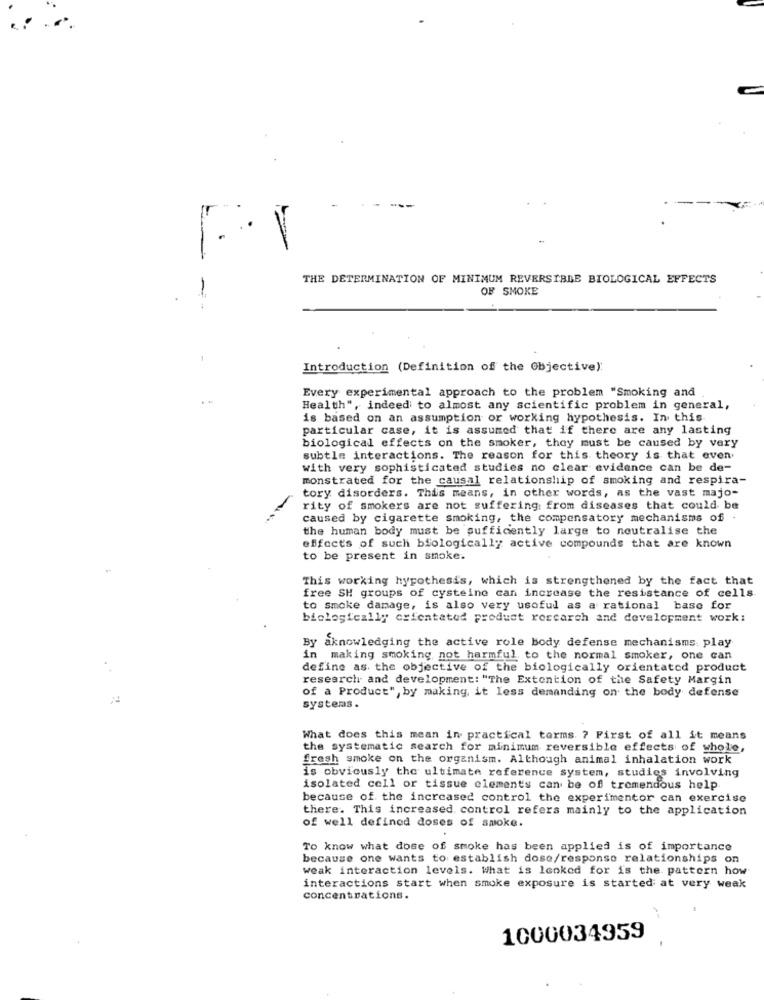
-
- ---
1.
THE DETERMINATION OF MINIMUM REVERSIBLE BIOLOGICAL EFFECTS
OF SMOKE
Introduction (Definition of the Objective)
Every experimental approach to the problem "Smoking and
Health", indeed to almost any scientific problem in general,
is based on an assumption or working hypothesis. In this
particular case, it is assumed that if there are any lasting
biological effects on the smoker, they must be caused by very
subtle interactions. The reason for this theory is that even.
with very sophisticated studies no clear evidence can be de-
monstrated for the causal relationship of smoking and respira-
tory disorders. This means, in other words, as the vast majo-
-
rity of smokers are not suffering from diseases that could be
caused by cigarette smoking, the compensatory mechanisms of .
the human body must be sufficiently large to neutralise the
effects of such biologically active compounds that are known
to be present in smoke.
This working hypothesis, which is strengthened by the fact that
free SH groups of cysteine can increase the resistance of cells
to smoke damage, is also very usoful as a rational base for
biologically orientated product roccarch and development work:
By aknowledging the active role body defense mechanisms. play
in making smoking not harmful, to the normal smoker, one can
define as the objective of the biologically orientated product
research and development: "The Extention of the Safety Margin
of a Product", by making it less demanding on the body defense
systems .
What does this mean in practical terms ? First of all it means
the systematic search for minimum reversible effects of whole,
fresh smoke on the organism. Although animal inhalation work
is obviously the ultimate reference system, studies involving
isolated cell or tissue elements can be of tremendous help
because of the increased control the experimentor can exercise
there. This increased control refers mainly to the application
of well defined doses of smoke.
To know what dose of smoke has been applied is of importance
because one wants to establish dose/responso relationships on
weak interaction levels. What is looked for is the pattern how
interactions start when smoke exposure is started at very weak
concentrations.
1000034959